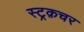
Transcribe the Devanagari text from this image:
स्ट्रक़चर